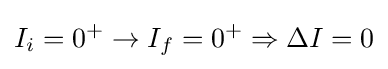
I_{i}=0^{+}\rightarrow I_{f}=0^{+}\Rightarrow \Delta I=0